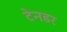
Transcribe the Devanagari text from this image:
टेनडर